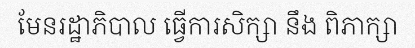
មែនរដ្ឋាភិបាល ធ្វើការសិក្សា នឹង ពិភាក្សា